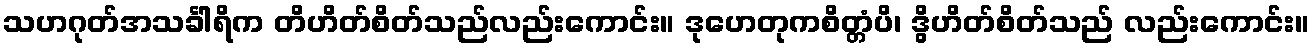
သဟဂုတ်အသင်္ခါရိက တိဟိတ်စိတ်သည်လည်းကောင်း။ ဒုဟေတုကစိတ္တံပိ၊ ဒွိဟိတ်စိတ်သည် လည်းကောင်း။